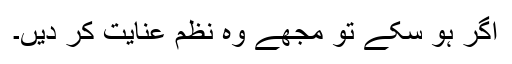
اگر ہو سکے تو مجھے وہ نظم عنایت کر دیں۔